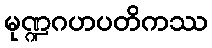
မုဏ္ဍဂဟပတိကဿ